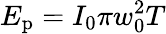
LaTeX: E_{\mathrm{p}}=I_{0}{\pi w_{0}^{2}T}